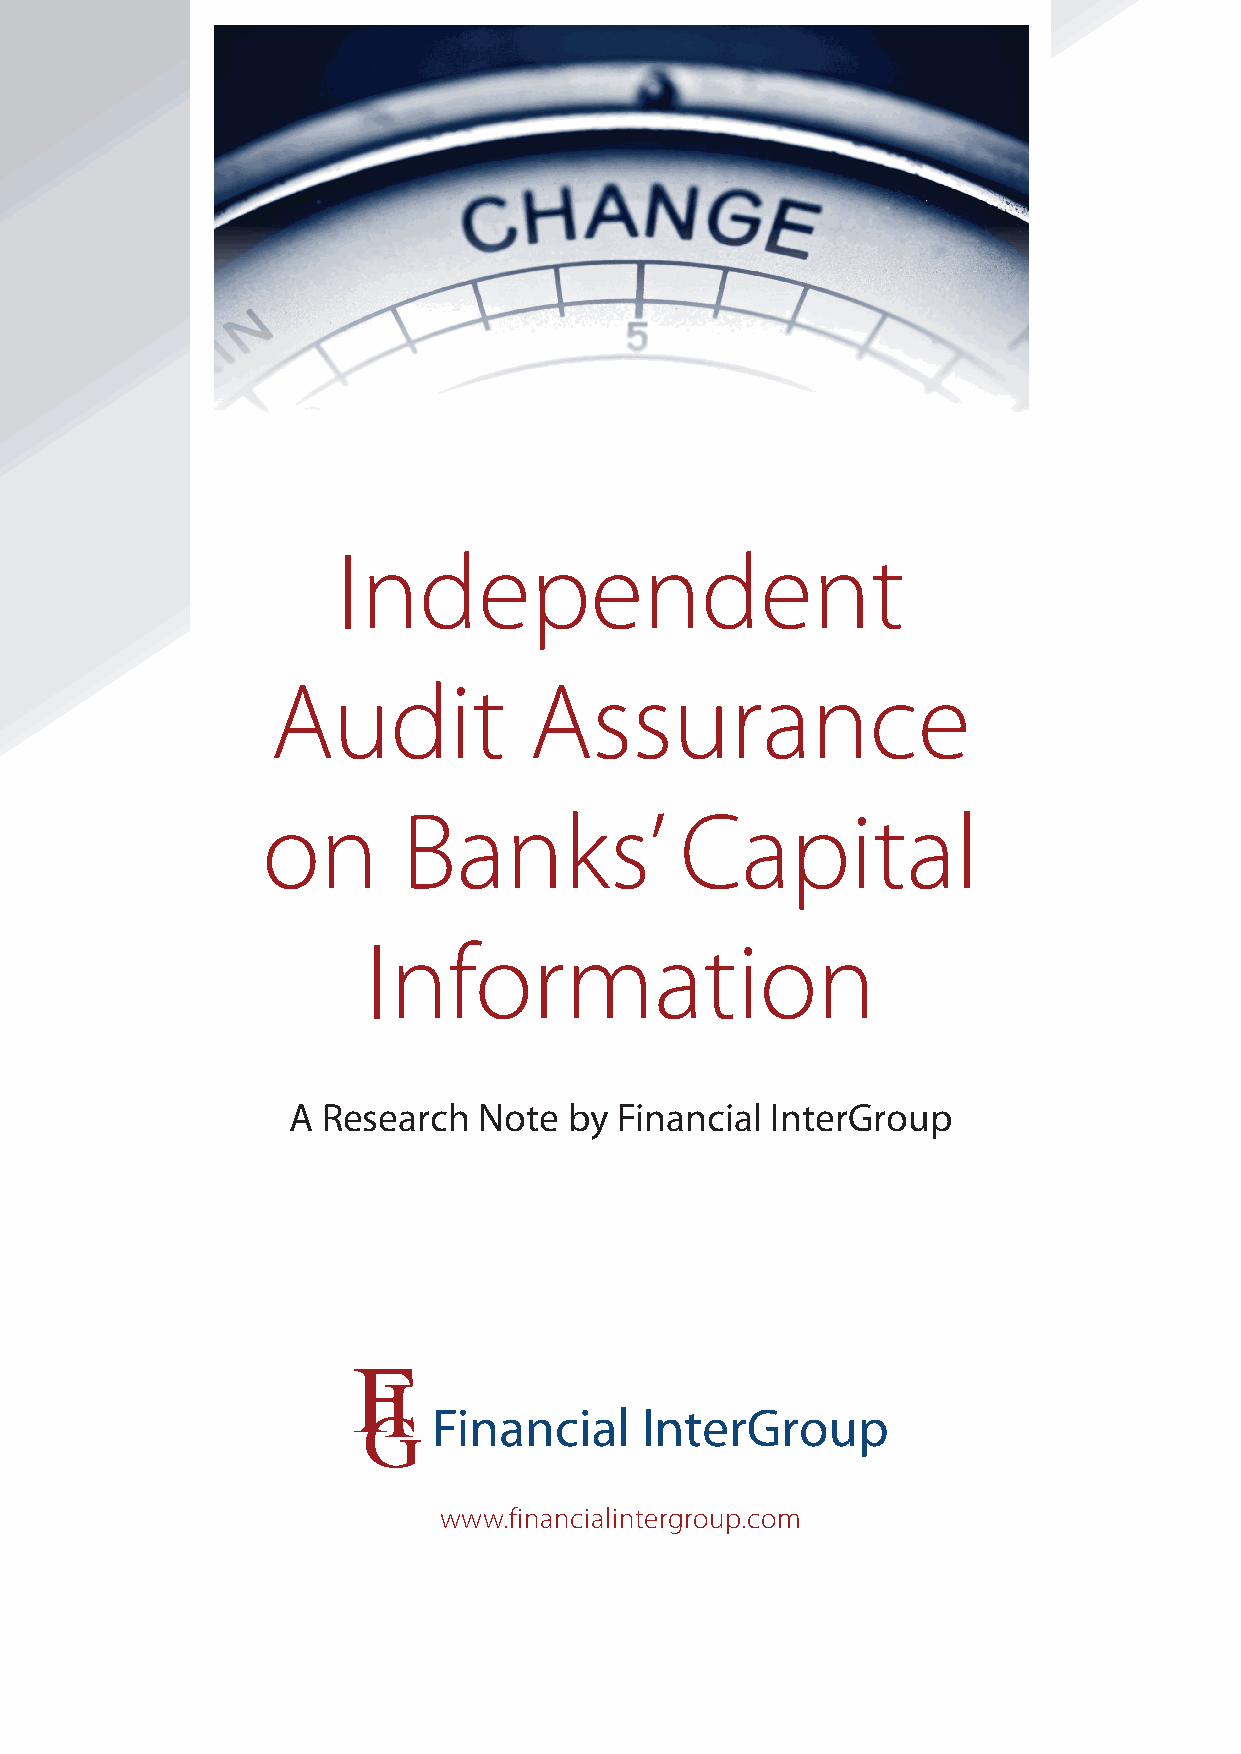
Independent
 Audit            Assurance
 on        Banks’            Capital
 Information
 A Research   Note  by Financial InterGroup
 Financial    InterGroup
 www.financialintergroup.com